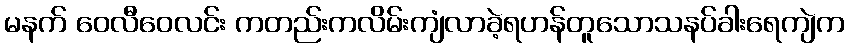
မနက် ဝေလီဝေလင်း ကတည်းကလိမ်းကျံလာခဲ့ရဟန်တူသောသနပ်ခါးရေကျဲက